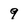
Character: 9